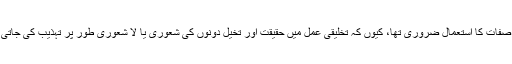
(حقیقت اور تخیل کے ساتھ مذکورہ اسمائے صفات کا استعمال ضروری تھا، کیوں کہ تخلیقی عمل میں حقیقت اور تخیل دونوں کی شعوری یا لا شعوری طور پر تہذیب کی جاتی ہے اور اس کے بعد انہیں پیش کیا جاتا ہے۔